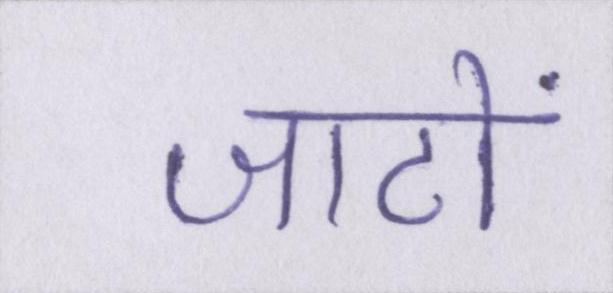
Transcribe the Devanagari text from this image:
जाटों